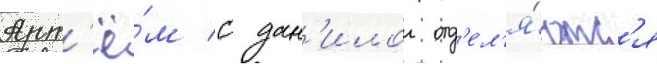
Арт'ё́м с дан'илои отд'ел'я́ютс'я